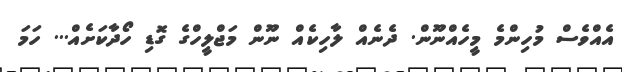
އެެއްވެސް މުހިންމެ މީހެއްނޫން. ދެނެއް ލާހިކެއް ނޫން މަޖްލީހްގެ ގޮޑި ހޯދާކަށެއް... ހަމަ